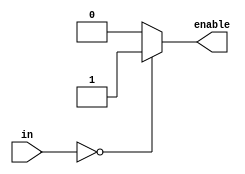
module norGate(input[32:0] in, output reg enable);
always@(*)
begin
	if(in == 0)
	enable <= 1;
	else
		enable <= 0;
end
endmodule